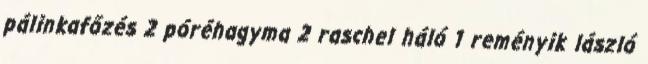
pálinkafőzés 2 póréhagyma 2 raschel háló 1 reményik lászló